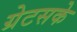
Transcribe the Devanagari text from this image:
ग्रेटसके